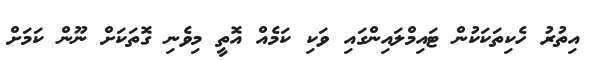
އިތުރު ހެކިތަކަކުން ޓައިމްލައިންގައި ވަކި ކަމެއް އޮތީ މިވެނި ގޮތަކަށް ނޫން ކަމަށް